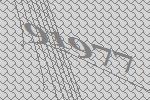
91977